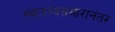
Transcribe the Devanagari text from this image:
स्वातंत्र्यसमारानंतर